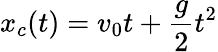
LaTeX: x_{c}(t)=v_{0}t+\frac{g}{2}t^{2}